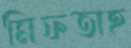
মিফতাহ